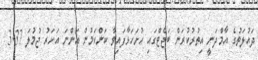
ދައުލަތުގެ އާމްދަނީ އިތުރުކުރަން ބަޖެޓްގައި ހުށަހަޅާފައިވާ ކަންކަމުން އަންނަ އަހަރު ޖުމުލަ 3.37